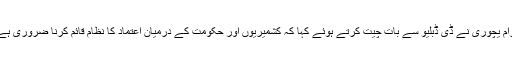
کل جماعتی میٹنگ میں شریک بائیں بازو کے رہنما اور ممبر پارلیمنٹ سیتا رام یچوری نے ڈی ڈبلیو سے بات چیت کرتے ہوئے کہا کہ کشمیریوں اور حکومت کے درمیان اعتماد کا نظام قائم کرنا ضروری ہے اور مسئلہ کشمیر کے حل کے لیے تمام فریقین کو اعتماد میں لیا جانا چاہیے۔